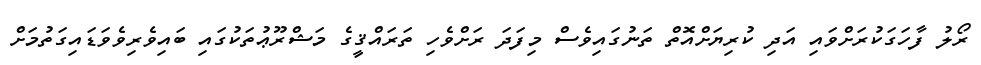
ރޯލު ފާހަގަކުރަށްވައި އަދި ކުރިޔަށްއޮތް ތަނުގައިވެސް މިފަދަ ރަށްވެހި ތަރައްޤީގެ މަޝްރޫޢުތަކުގައި ބައިވެރިވެވަޑައިގަތުމަށް